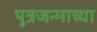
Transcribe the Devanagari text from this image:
पुत्रजन्माच्या